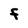
Character: F